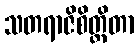
သတရာဇိစိတ္တိတာ